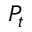
P _ { t }